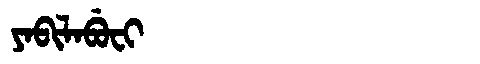
Manchu: ᠶᠠᠪᡳᠯᠠᠪᡠᠸᡳ
Romanization: YABILABUFI